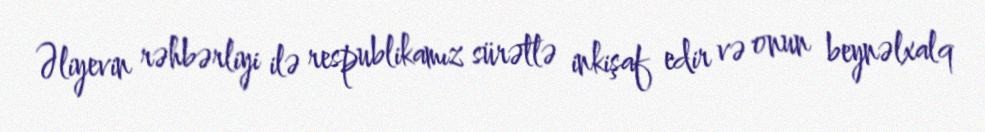
Əliyevin rəhbərliyi ilə respublikamız sürətlə inkişaf edir və onun beynəlxalq